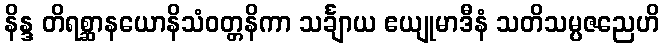
နိန္ဒ တိရစ္ဆာနယောနိသံဝတ္တနိကာ သင်္ချာယ ဧယျုမာဒီနံ သတိသမ္ပဇညေဟိ